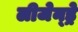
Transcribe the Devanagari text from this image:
लीजेन्ड्रे